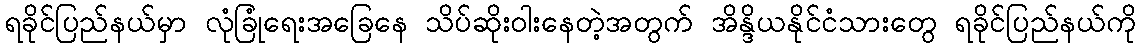
ရခိုင်ပြည်နယ်မှာ လုံခြုံရေးအခြေနေ သိပ်ဆိုးဝါးနေတဲ့အတွက် အိန္ဒိယနိုင်ငံသားတွေ ရခိုင်ပြည်နယ်ကို